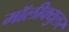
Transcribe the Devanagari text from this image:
मॉलीक्युलर